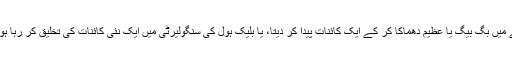
پوری توانائی کے ساتھ اور ایک لمحے میں بگ بیگ یا عظیم دھماکا کر کے ایک کائنات پیدا کر دیتا، یا بلیک ہول کی سنگولیرٹی میں ایک نئی کائنات کی تخلیق کر رہا ہوتا، کسی نئی کائنات میں کھل رہا ہوتا۔